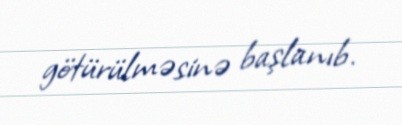
götürülməsinə başlanıb.